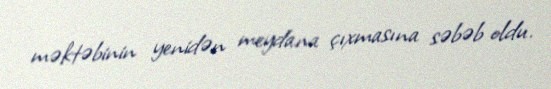
məktəbinin yenidən meydana çıxmasına səbəb oldu.